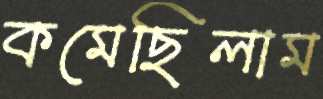
কমেছিলাম